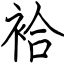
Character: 袷